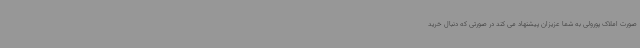
صورت املاک پورولی به شما عزیزان پیشنهاد می کند در صورتی که دنبال خرید